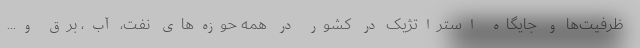
ظرفیت‌ها و جایگاه استراتژیک در کشور در همه حوزه‌های نفت، آب، برق و...